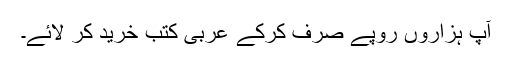
آپ ہزاروں روپے صَرف کرکے عربی کتب خرید کر لائے۔